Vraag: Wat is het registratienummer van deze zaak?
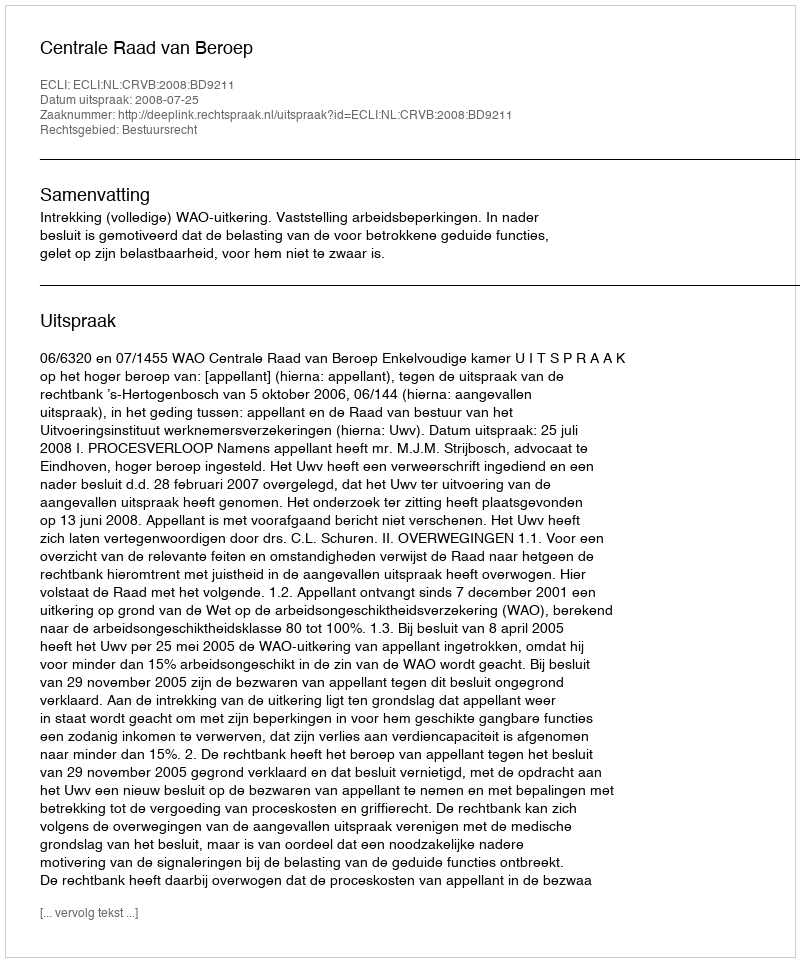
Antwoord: http://deeplink.rechtspraak.nl/uitspraak?id=ECLI:NL:CRVB:2008:BD9211